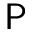
\sf P